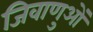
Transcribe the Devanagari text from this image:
जिवाणुओं